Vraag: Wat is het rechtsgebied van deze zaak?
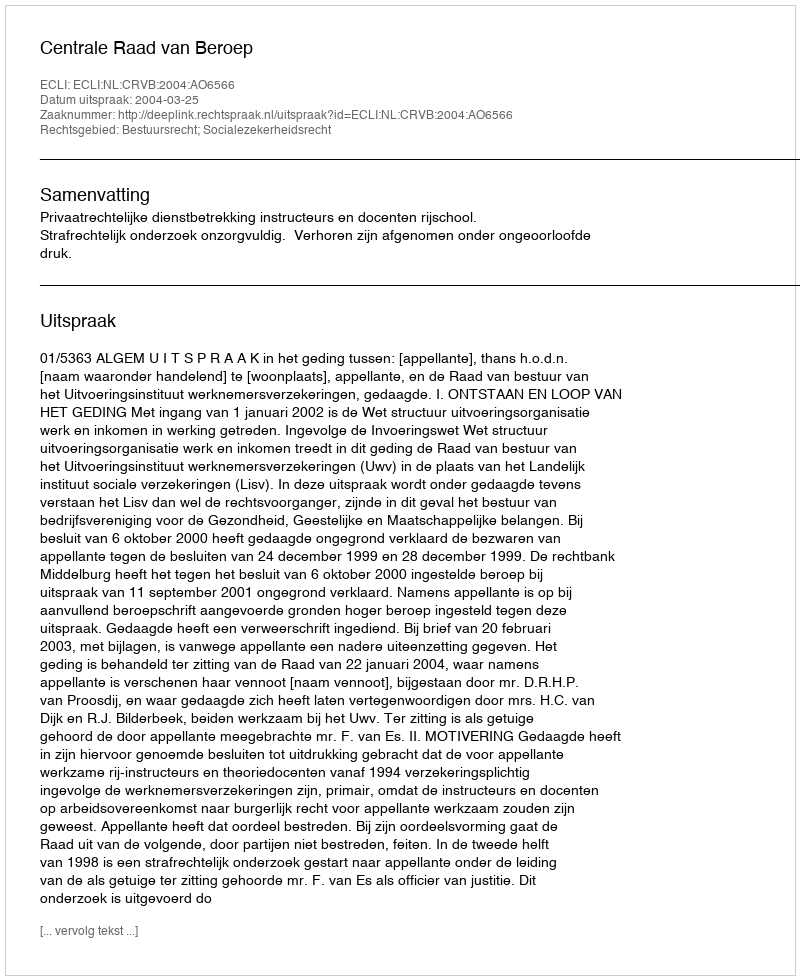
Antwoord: Bestuursrecht; Socialezekerheidsrecht